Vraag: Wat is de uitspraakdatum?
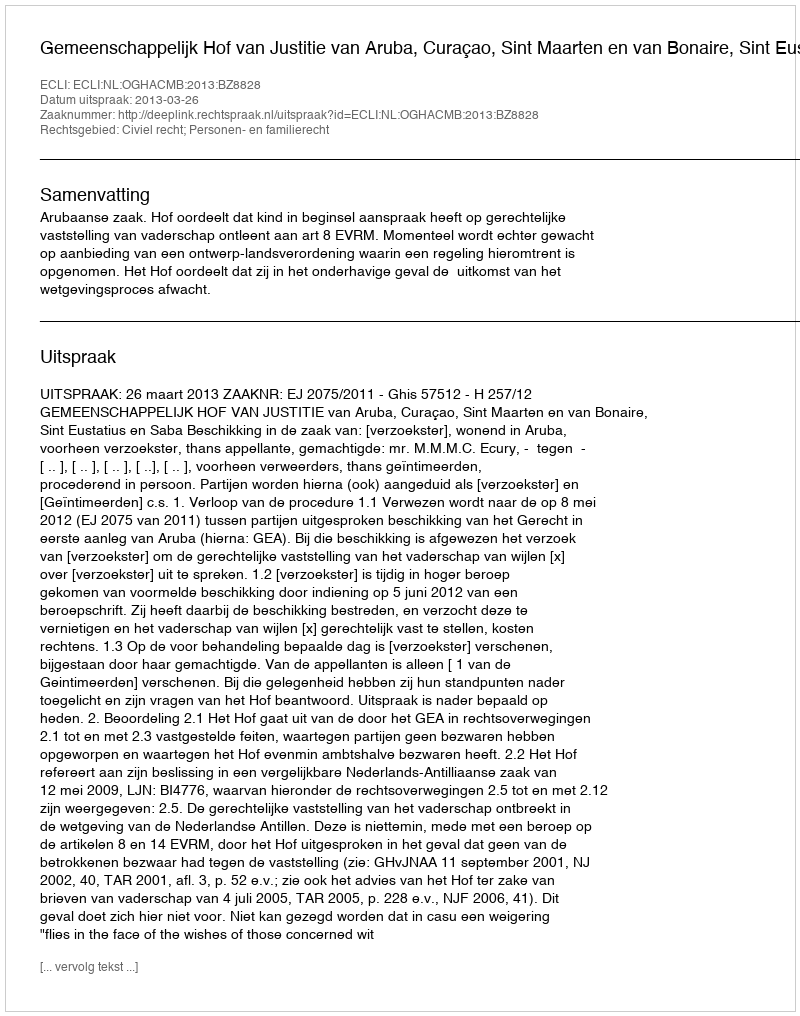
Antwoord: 2013-03-26